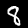
Digit: 8